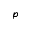
p